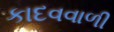
કાદવવાળી